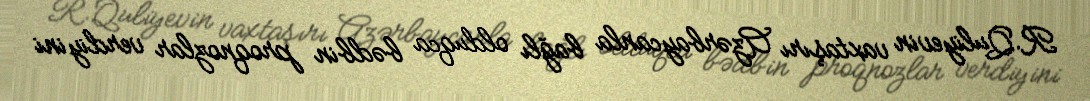
R.Quliyevin vaxtaşırı Azərbaycanla bağlı olduqca bədbin proqnozlar verdiyini